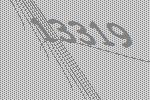
13319